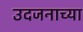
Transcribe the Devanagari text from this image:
उदजनाच्या